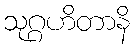
သုဂ္ဂဟိတာနိ